Problem: 8 × 4 = ?
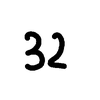
Handwritten answer: 32